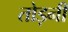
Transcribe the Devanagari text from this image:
तोड़नी